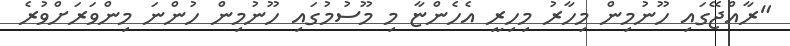
"ރާއްޖޭގައި ހޫނުމިން މިހާރު މިހިރީ އެހެންޏާ މި މޫސުމުގައި ހޫނުމިން ހުންނަ މިންވަރަށްވުރެ